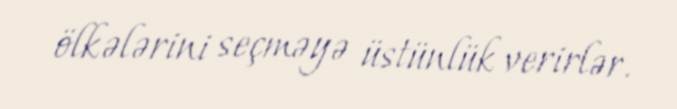
ölkələrini seçməyə üstünlük verirlər.